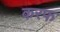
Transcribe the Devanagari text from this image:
करफ